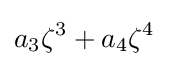
a_{3}\zeta ^{3}+a_{4}\zeta ^{4}